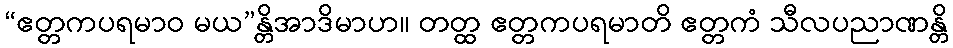
“ဧတ္တကပရမာဝ မယ”န္တိအာဒိမာဟ။ တတ္ထ ဧတ္တကပရမာတိ ဧတ္တကံ သီလပညာဏန္တိ